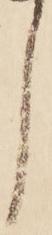
し